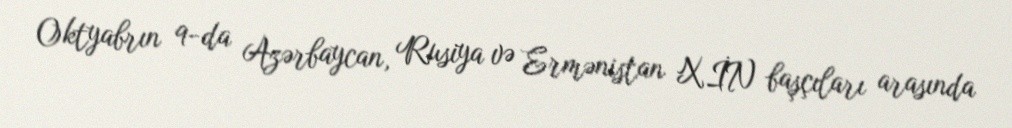
Oktyabrın 9-da Azərbaycan, Rusiya və Ermənistan XİN başçıları arasında